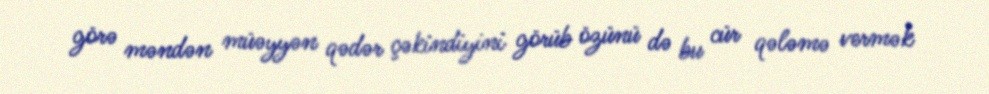
görə məndən müəyyən qədər çəkindiyini görüb özünü də bu cür qələmə vermək